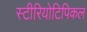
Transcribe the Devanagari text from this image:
स्टीरियोटिपिकल